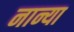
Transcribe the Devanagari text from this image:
नान्या